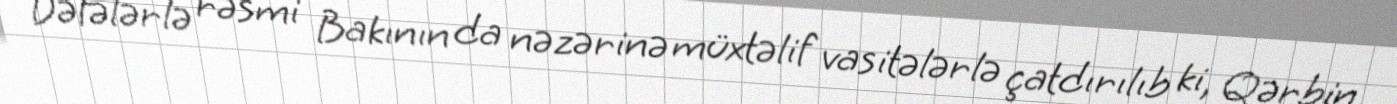
Dəfələrlə rəsmi Bakının da nəzərinə müxtəlif vasitələrlə çatdırılıb ki, Qərbin,